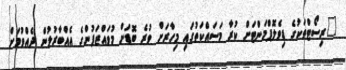
"ރިސޯޓްތަކުގެ ޑިވެލޮޕްމަންޓަށް ކުރާ މަސައްކަތުގައި މިހާރަށް ވުރެ ބޮޑަށް މުވައްޒަފުންގެ އެއްބާރުލުން ދެއްވުމަށް